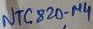
Text: NTC820-µ4